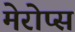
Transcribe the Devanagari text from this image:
मेरोप्स